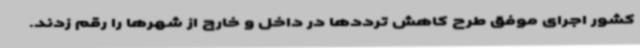
کشور اجرای موفق طرح کاهش ترددها در داخل و خارج از شهرها را رقم زدند.